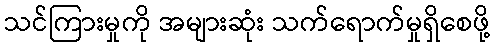
သင်ကြားမှုကို အများဆုံး သက်ရောက်မှုရှိစေဖို့